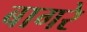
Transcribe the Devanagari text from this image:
बागरे